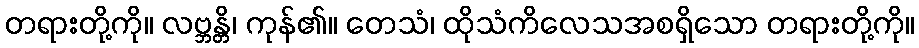
တရားတို့ကို။ လဗ္ဘန္တိ၊ ကုန်၏။ တေသံ၊ ထိုသံကိလေသအစရှိသော တရားတို့ကို။